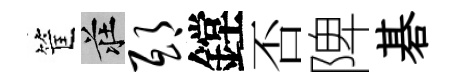
筐莊邸鏜否陴碁